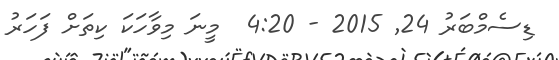
ޑިސެމްބަރު 24